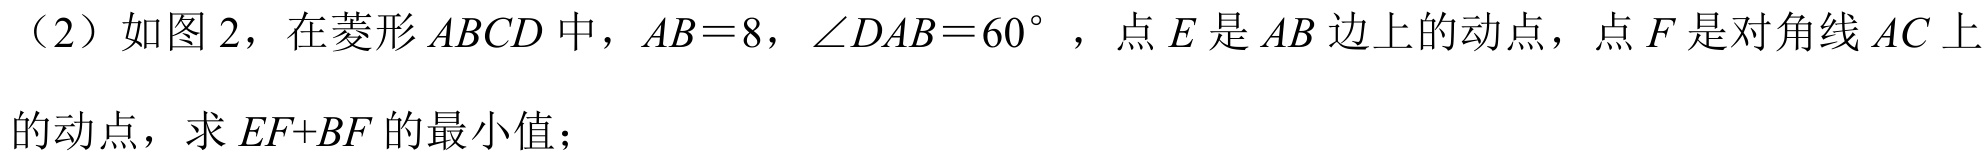
（2）如图 2，在菱形 \(ABCD\) 中，\(AB = 8\)，\(\angle DAB = 60^{\circ}\)，点 \(E\) 是 \(AB\) 边上的动点，点 \(F\) 是对角线 \(AC\) 上
的动点，求 \(EF + BF\) 的最小值；